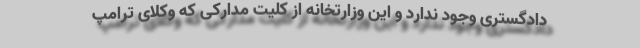
دادگستری وجود ندارد و این وزارتخانه از کلیت مدارکی که وکلای ترامپ